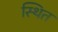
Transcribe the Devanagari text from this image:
स्थित